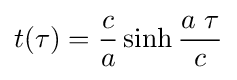
t(\tau )={\frac {c}{a}}\sinh {\frac {a\ \tau }{c}}